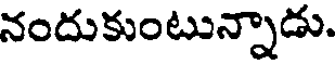
నందుకుంటున్నాడు.